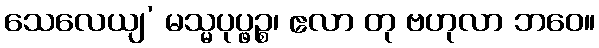
သေလေယျ’ မသ္မပုပ္ဖဉ္စ၊ ဧလာ တု ဗဟုလာ ဘဝေ။